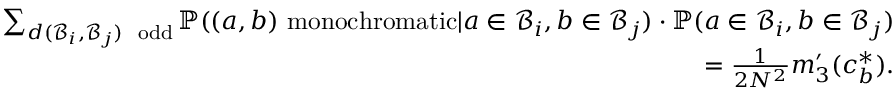
\begin{array} { r } { \sum _ { d ( \mathcal { B } _ { i } , \mathcal { B } _ { j } ) \mathrm { ~ \scriptsize ~ o d d } } \mathbb { P } ( ( a , b ) \mathrm { ~ m o n o c h r o m a t i c } | a \in \mathcal { B } _ { i } , b \in \mathcal { B } _ { j } ) \cdot \mathbb { P } ( a \in \mathcal { B } _ { i } , b \in \mathcal { B } _ { j } ) } \\ { = \frac { 1 } { 2 N ^ { 2 } } m _ { 3 } ^ { \prime } ( c _ { b } ^ { * } ) . } \end{array}